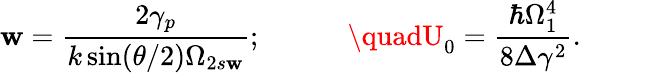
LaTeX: \mathbf{w}=\frac{{2\gamma_{p}}}{{k\sin(\theta/2)\Omega_{2s\mathbf{w}}}};\quad\quad\quad\quadU_{0}=\frac{{\hbar\Omega_{1}^{4}}}{{8\Delta\gamma^{2}}}.\quad\quad\quad